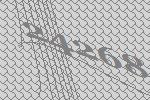
24268